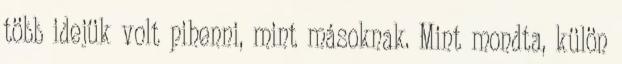
több idejük volt pihenni, mint másoknak. Mint mondta, külön